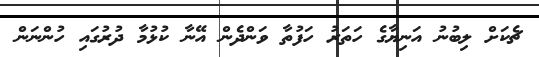
ޗެކަށް ލިބުނު އަނިޔާގެ ހަތަރު ހަފުތާ ވަންދެން އޭނާ ކުޅުމާ ދުރުގައި ހުންނަން